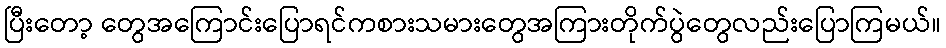
ပြီးတော့ တွေအကြောင်းပြောရင်ကစားသမားတွေအကြားတိုက်ပွဲတွေလည်းပြောကြမယ်။